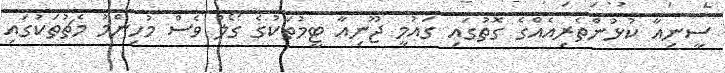
ސީނިއާ ކުޅުންތެރިއެއްގެ ގޮތުގައި ގައުމީ ޖޫނިއާ ޓީމުތަކުގެ ގޯލް ވެސް މުހިންމު މެޗުތަކުގައި